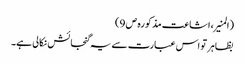
(المنیر،اشاعت مذکورہ ص 9)
بظاہر تو اس عبارت سے یہ گنجائش نکالی ہے۔